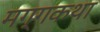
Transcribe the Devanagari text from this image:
मग्गकथा